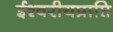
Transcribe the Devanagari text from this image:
ईश्वरीयप्राप्ति